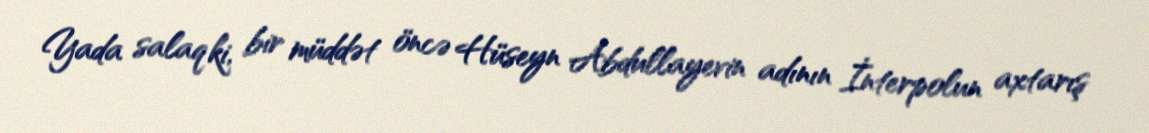
Yada salaq ki, bir müddət öncə Hüseyn Abdullayevin adının İnterpolun axtarış